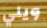
ويلي